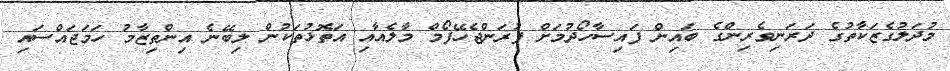
މުދަލުގެޒަކާތުގެ ދަރަނިވެރިންގެ ބައިން ފައިސާހޯދުމަށް ފުރަންޖެހޭފޯމް މާލެއާއި އަތޮޅުތަކުން ލިބޭނެ އިންތިޒާމު ހަމަޖައްސައި